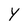
Character: Y